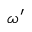
\omega ^ { \prime }